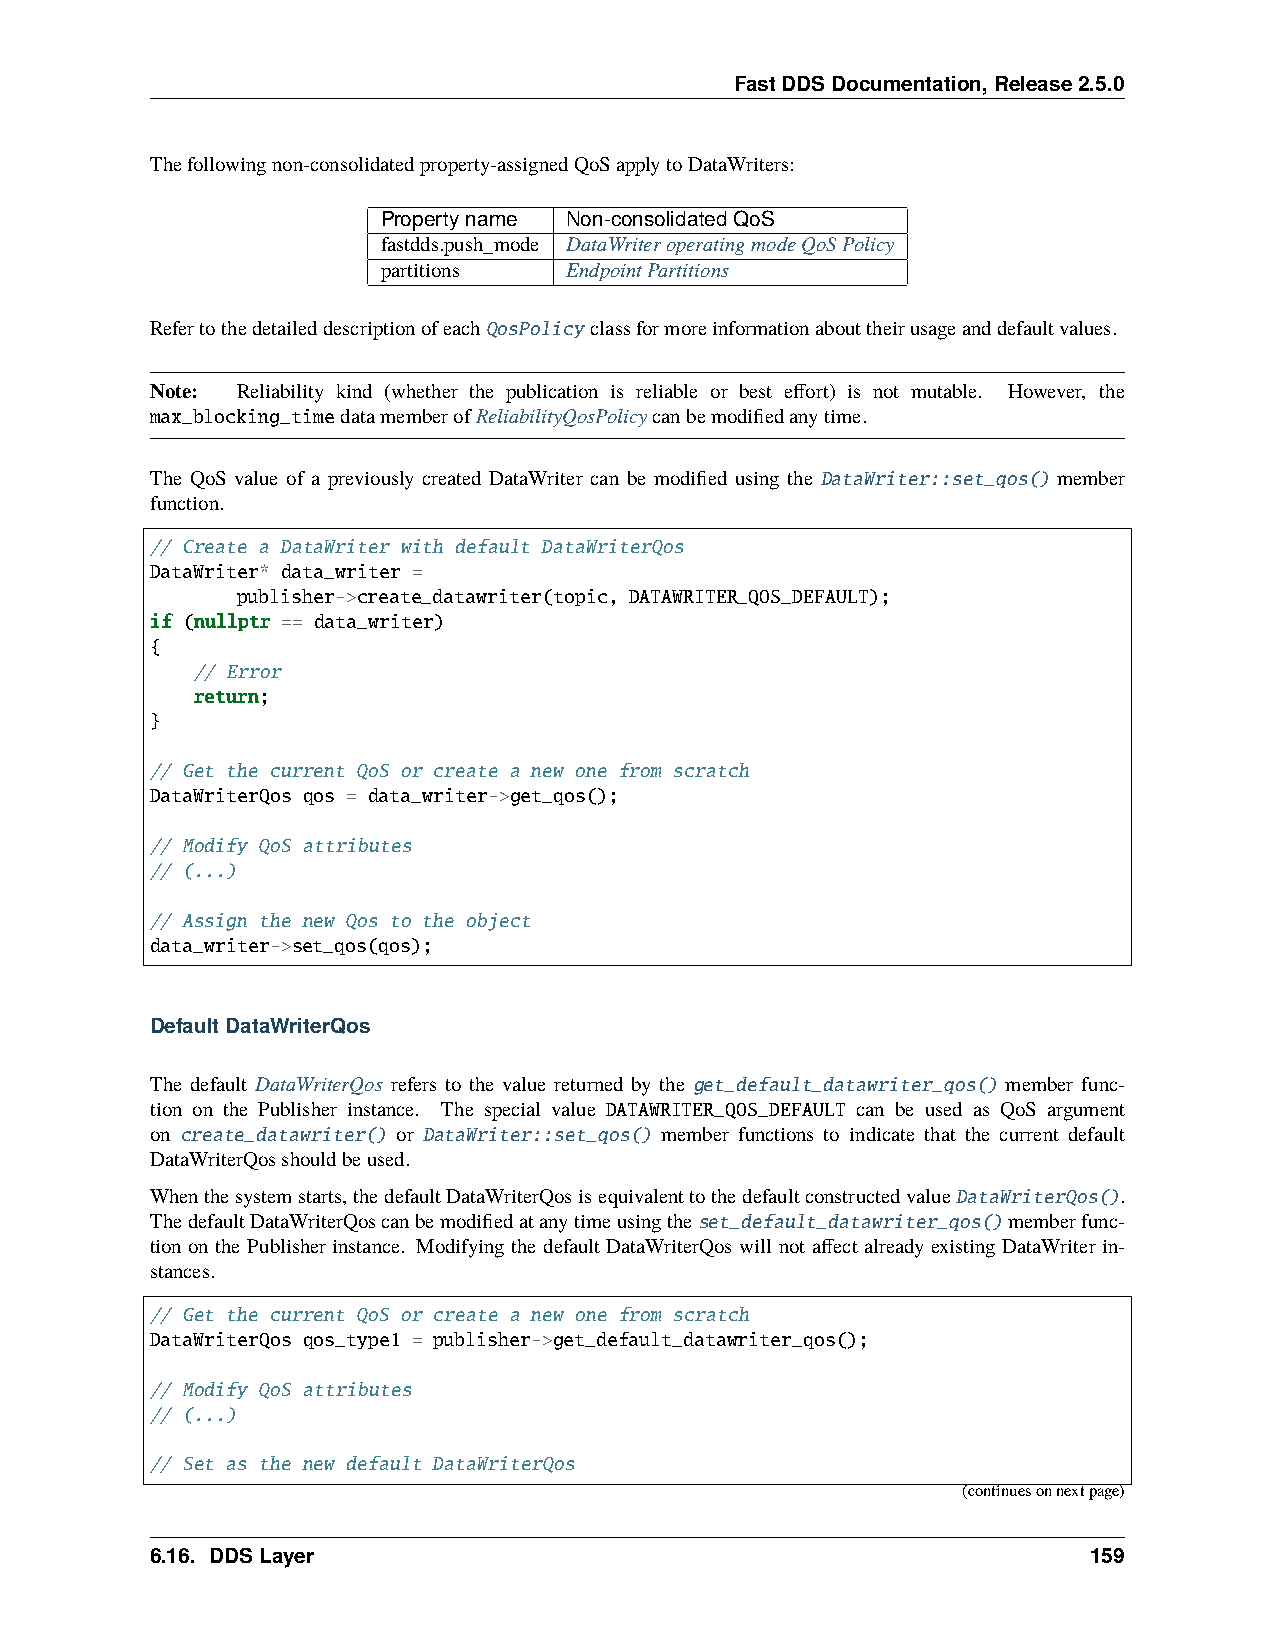
FastDDSDocumentation,Release2.5.0
 Thefollowingnon-consolidatedproperty-assignedQoSapplytoDataWriters:
 Propertyname Non-consolidatedQoS
 fastdds.push_mode DataWriteroperatingmodeQoSPolicy
 partitions  EndpointPartitions
 RefertothedetaileddescriptionofeachQosPolicy classformoreinformationabouttheirusageanddefaultvalues.
 Note: Reliability kind (whether the publication is reliable or best effort) is not mutable. However, the
 max_blocking_timedatamemberofReliabilityQosPolicycanbemodifiedanytime.
 The QoS value of a previously created DataWriter can be modified using the DataWriter::set_qos() member
 function.
 // Create a DataWriter with default DataWriterQos
 DataWriter* data_writer =
 publisher->create_datawriter(topic, DATAWRITER_QOS_DEFAULT);
 if (nullptr == data_writer)
 {
 // Error
 return;
 }
 // Get the current QoS or create a new one from scratch
 DataWriterQos qos = data_writer->get_qos();
 // Modify QoS attributes
 // (...)
 // Assign the new Qos to the object
 data_writer->set_qos(qos);
 DefaultDataWriterQos
 The default DataWriterQos refers to the value returned by the get_default_datawriter_qos() member func-
 tion on the Publisher instance. The special value DATAWRITER_QOS_DEFAULT can be used as QoS argument
 on create_datawriter() or DataWriter::set_qos() member functions to indicate that the current default
 DataWriterQosshouldbeused.
 Whenthesystemstarts,thedefaultDataWriterQosisequivalenttothedefaultconstructedvalueDataWriterQos().
 ThedefaultDataWriterQoscanbemodifiedatanytimeusingtheset_default_datawriter_qos()memberfunc-
 tion on the Publisher instance. Modifying the default DataWriterQos will not affect already existing DataWriter in-
 stances.
 // Get the current QoS or create a new one from scratch
 DataWriterQos qos_type1 = publisher->get_default_datawriter_qos();
 // Modify QoS attributes
 // (...)
 // Set as the new default DataWriterQos
 (continuesonnextpage)
 6.16. DDSLayer                                                159